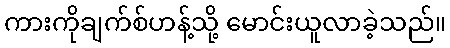
ကားကိုချက်စ်ဟန့်သို့ မောင်းယူလာခဲ့သည်။